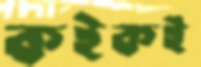
কইকই